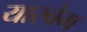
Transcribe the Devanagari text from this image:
यारबेग